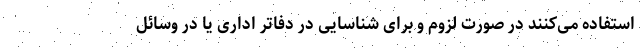
استفاده می‌کنند در صورت لزوم و برای شناسایی در دفاتر اداری یا در وسائل